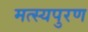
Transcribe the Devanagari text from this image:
मत्स्यपुरण